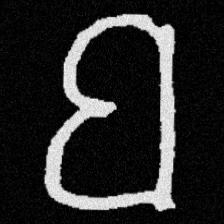
Pyu character \u2014 Myanmar letter: ဗ (romanized: ba)